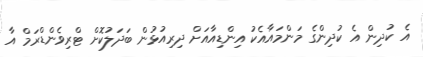
އެ ކުދިން އެ ކުދިންގެ މަންމައާއެކު އިންޑިއާއަށް ދިރިއުޅުން ބަދަލުކޮށް ޓްރިވެންޑްރަމް އާ